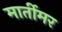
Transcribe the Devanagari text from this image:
मार्तीमर